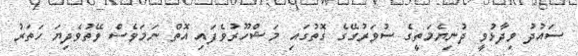
ސައުދު ވިދާޅުވީ ދުނިޔެމަތީގެ ސުވަރުގޭގެ ގޮތުގައި މަޝްހޫރުވެފައި އޮތް ނަމަވެސް ވޭތުވެދިޔަ ހަތަރު